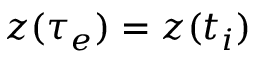
\ensuremath { \boldsymbol { z } } ( \tau _ { e } ) = \ensuremath { \boldsymbol { z } } ( t _ { i } )